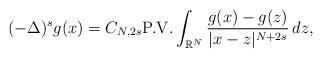
LaTeX: \begin{align*}(-\Delta)^{s} g(x)= C_{N,2s }\mbox{P.V.}\int_{\mathbb{R}^N} \frac{g(x)-g(z)}{|x-z|^{N+{2s}}}\,dz,\end{align*}